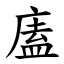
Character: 廅